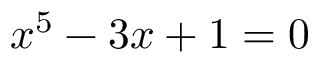
x ^ { 5 } - 3 x + 1 = 0